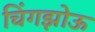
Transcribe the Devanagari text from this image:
चिंगझोऊ